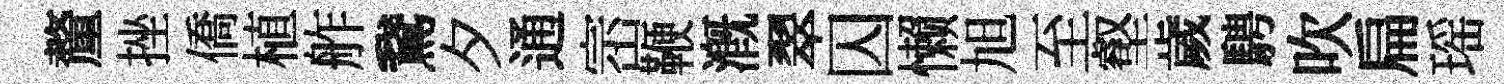
釐挫僑植舴鵞夕通崈鞭溉翠囚懒旭至壑歲騁吹扁瑶